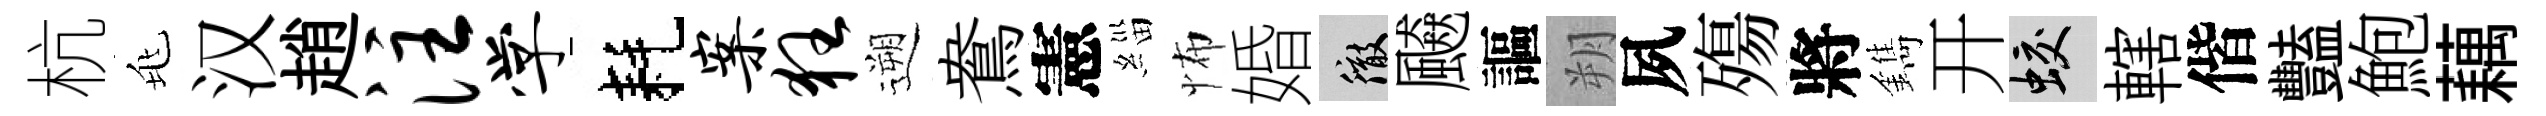
杭兆汉趙注学耗案狂遡鴦憲緇怖婚徹飇謳朔夙殤將鐫开蛟轄偕豔鮑藕